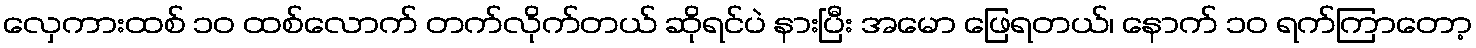
လှေကားထစ် ၁၀ ထစ်လောက် တက်လိုက်တယ် ဆိုရင်ပဲ နားပြီး အမော ဖြေရတယ်၊ နောက် ၁၀ ရက်ကြာတော့